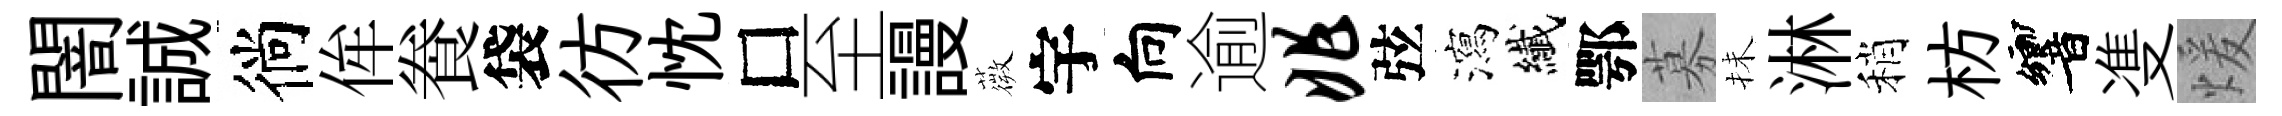
闇誠徜侔飬袋彷忱□至謾薇宇向逾兆弦瀉纎鄂募抺淋稍枋響㕠煖